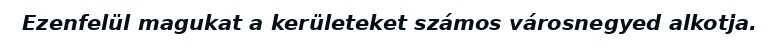
Ezenfelül magukat a kerületeket számos városnegyed alkotja.